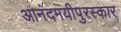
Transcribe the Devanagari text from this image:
आनंदमयीपुरस्कार